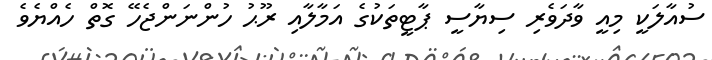
ސުއާލަކީ މިއީ ވާދަވެރި ސިޔާސީ ޕާޓީތަކުގެ އަމާލާއި ރޫޙު ހުންނަންޖެހޭ ގޮތް ހެއްޔެވެ